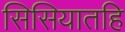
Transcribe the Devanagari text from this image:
सिसियातहि